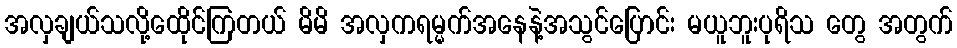
အလှချယ်သလို့ထေိုင်ကြတယ် မိမိ အလှကရမ္မက်အနေနဲ့အသွင်ပြောင်း မယူဘူးပုရိသ တွေ အတွက်